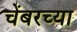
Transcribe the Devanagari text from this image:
चेंबरच्या